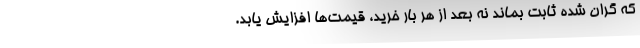
که گران شده ثابت بماند نه بعد از هر بار خرید، قیمت‌ها افزایش یابد.